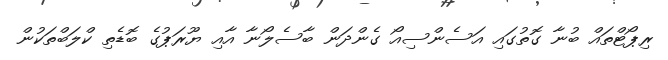
ރިޕޯޓްތައް ބުނާ ގޮތުގައި އަސެންސިއޯ ގެންދަން ބާސެލޯނާ އާއި ޔޫރަޕުގެ ބޮޑެތި ކްލަބްތަކުން